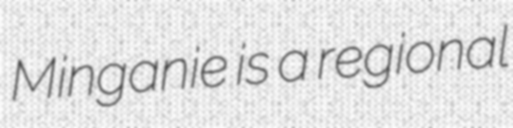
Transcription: Minganie is a regional